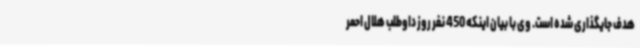
هدف جایگذاری شده است. وی با بیان اینکه 450 نفر روز داوطلب هلال احمر